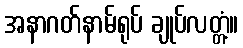
အနာဂတ်နာမ်ရုပ် ချုပ်လတ္တံ့။